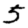
Digit: 5